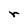
Character: r